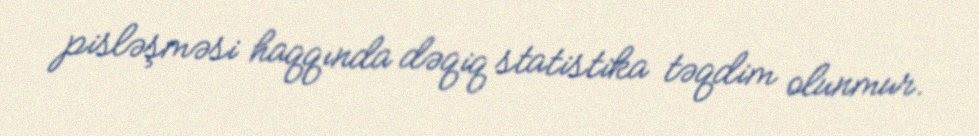
pisləşməsi haqqında dəqiq statistika təqdim olunmur.